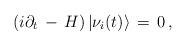
\begin{align*}\left( i \partial_t \, - \, H\right)|\nu_i(t)\rangle \, =\, 0 \, ,\end{align*}